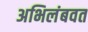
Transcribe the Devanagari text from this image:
अभिलंबवत